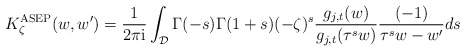
\begin{align*}K_{\zeta}^{\rm ASEP}(w,w') = \frac{1}{2\pi \mathrm{i}}\int_{\mathcal{D}} \Gamma(-s)\Gamma(1+s)(-\zeta)^s \frac{g_{j,t}(w)}{g_{j,t}(\tau^s w)} \frac{(-1)}{\tau^s w-w'}ds\end{align*}